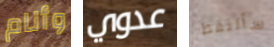
وأنام عدوي سألتقط